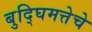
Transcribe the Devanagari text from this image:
बुद्घिमत्तेचे